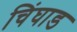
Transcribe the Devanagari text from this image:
चिंघाड